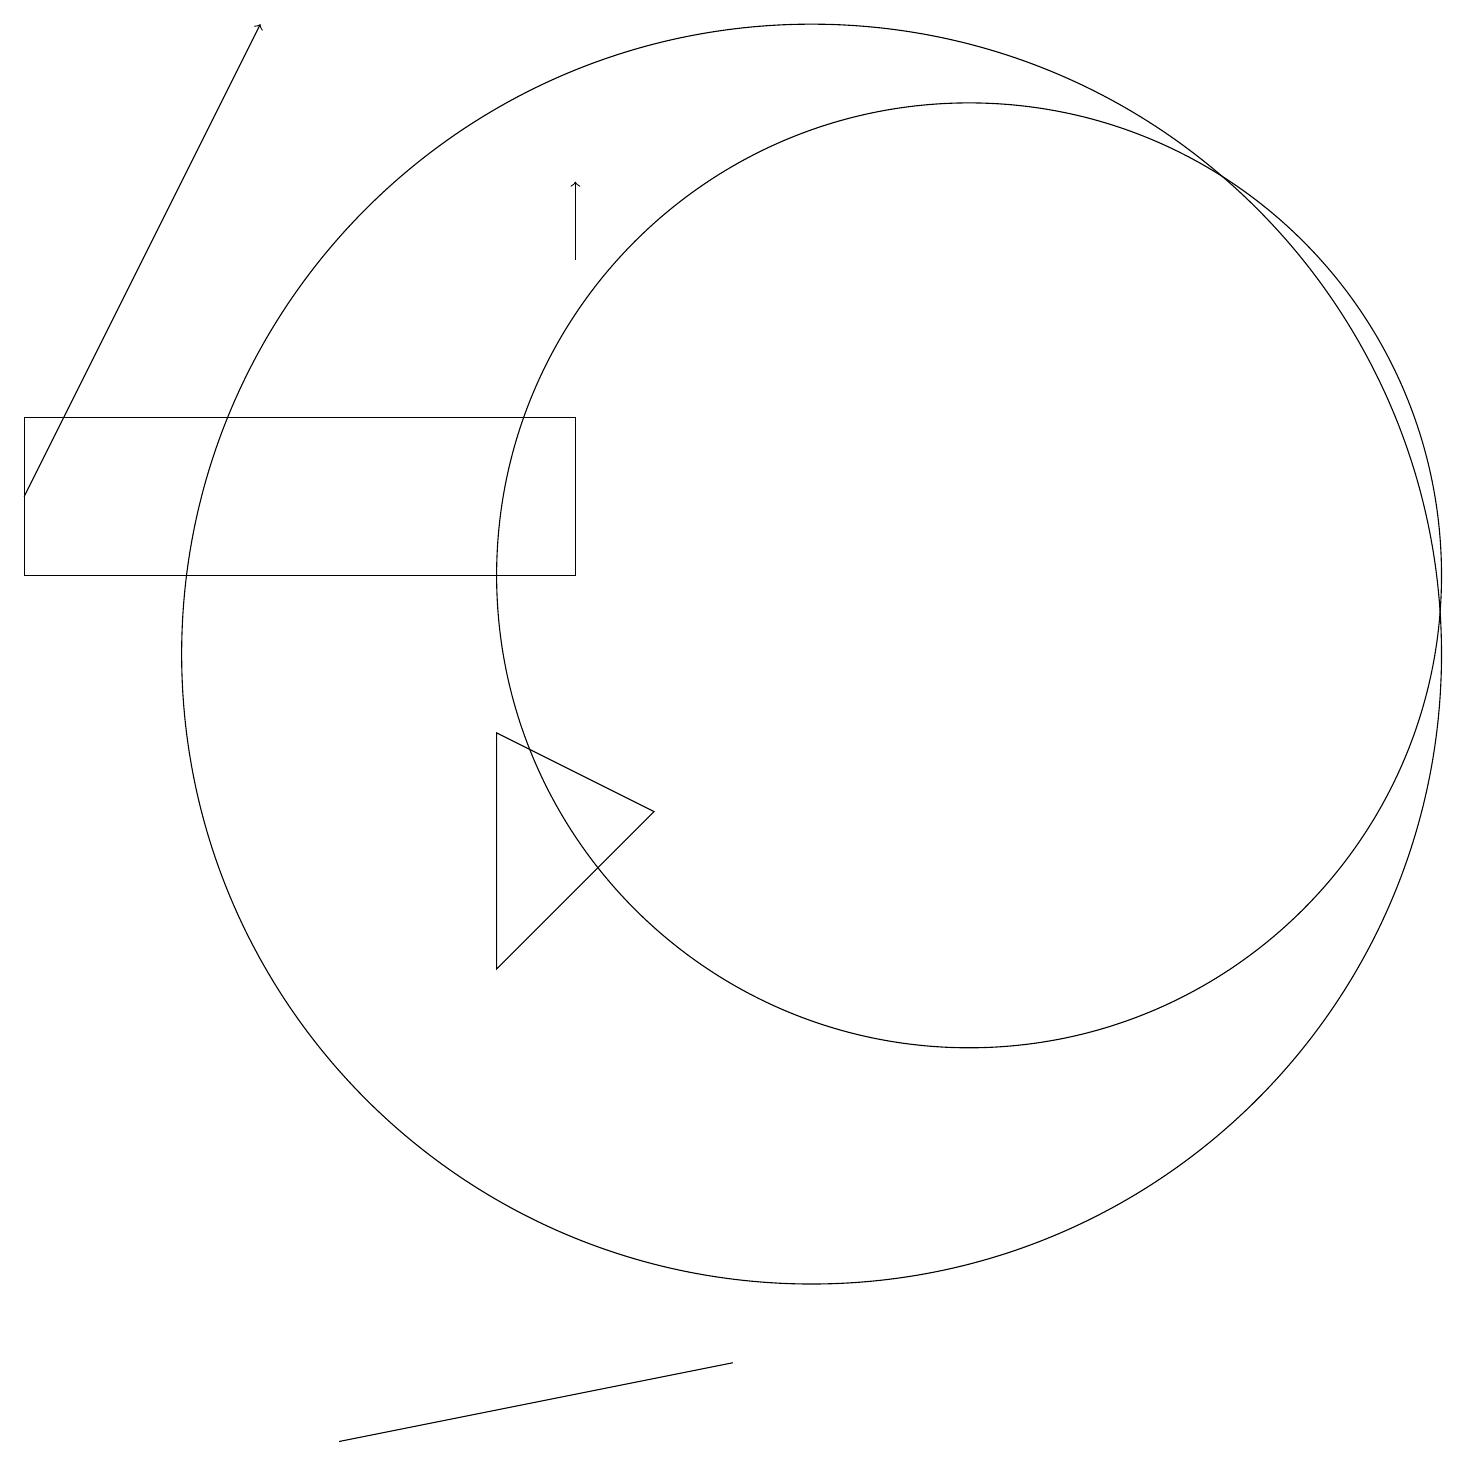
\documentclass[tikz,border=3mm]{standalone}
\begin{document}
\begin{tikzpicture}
\draw (0,13) rectangle (7,11);
\draw (12,11) circle (6);
\draw (8,8) -- (6,9) -- (6,6) -- cycle;
\draw (10,10) circle (8);
\draw[->] (7,15) -- (7,16);
\draw (4,0) -- (9,1) -- (9,1) -- cycle;
\draw[->] (0,12) -- (3,18);
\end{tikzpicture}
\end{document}